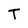
Character: T